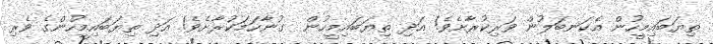
ތިޔަބައިމީހުން އެކަނބަލުން ވަރިކުރާށެވެ! އަދި ތިޔަބައިމީހުން  ގުނާހަމަކުރާށެވެ! އަދި ތިޔަބައިމީހުންގެ ވެރި